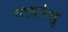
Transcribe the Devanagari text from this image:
पादपंसु